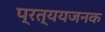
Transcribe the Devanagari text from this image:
प्रत्ययजनक